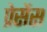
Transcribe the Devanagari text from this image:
प्रेसेंस